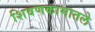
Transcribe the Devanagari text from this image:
शिवणकामातले